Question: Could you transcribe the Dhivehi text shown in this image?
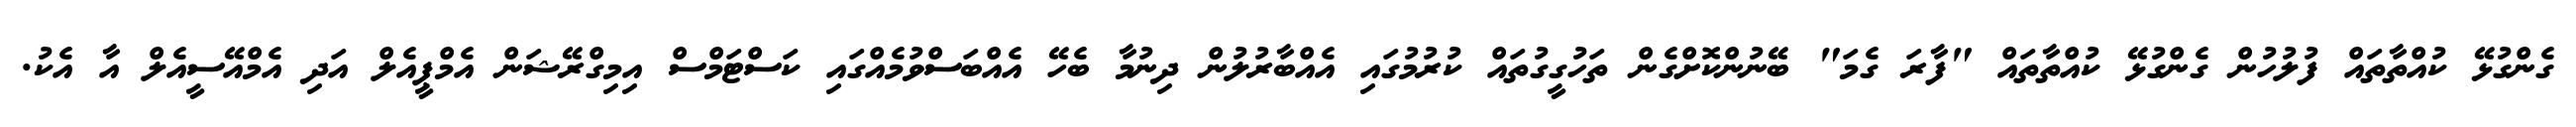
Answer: ގެންގުޅޭ ކުއްތާތައް ފުލުހުން ގެންގުޅޭ ކުއްތާތައް "ފާރަ ގެމަ" ބޭނުންކޮށްގެން ތަހުގީގުތައް ކުރުމުގައި އެއްބާރުލުން ދިނުމާ ބެހޭ އެއްބަސްވުމެއްގައި ކަސްޓަމްސް އިމިގްރޭޝަން އެމްޕީއެލް އަދި އެމްއޭސީއެލް އާ އެކު.